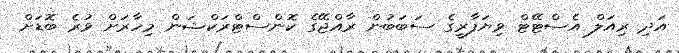
އަދި ރިއަލް އެސްޓޭޓް ވިޔަފާރީގެ ސަބަބުން ރާއްޖޭގެ ކޮންސްޓްރަކްޝަން މިހާރަށް ވުރެ ބޮޑަށް